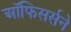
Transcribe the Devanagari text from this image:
ऑफिसर्सने